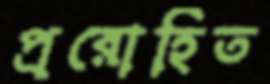
প্ররোহিত